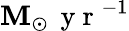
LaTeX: \mathbf{M}_{\odot}\, \mathrm{{~y~r~}}^{-1}